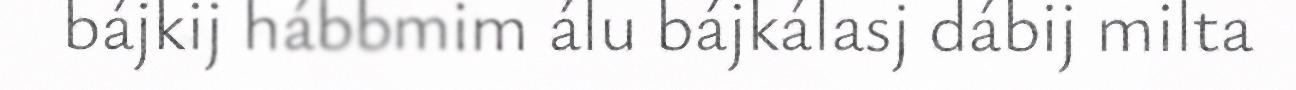
bájkij hábbmim álu bájkálasj dábij milta